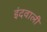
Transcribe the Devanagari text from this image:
इंदवाली